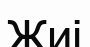
Жиі